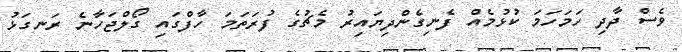
ވެސް ދާދި ހަމަހަމަ ކުޅުމެއް ފެނިގެންދިޔައިރު މެޗުގެ ފުރަތަމަ ހާފްގައި ގޯލްޖަހާނެ ރަނގަޅު